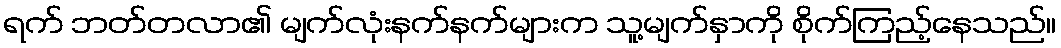
ရက် ဘတ်တလာ၏ မျက်လုံးနက်နက်များက သူ့မျက်နှာကို စိုက်ကြည့်နေသည်။